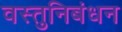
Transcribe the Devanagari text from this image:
वस्तुनिबंधन